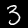
Label: 3